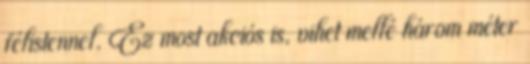
félistennel. Ez most akciós is, vihet mellé három méter